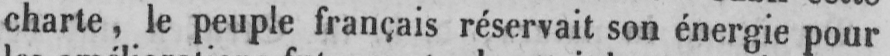
charte, le peuple français réservait son énergie pour